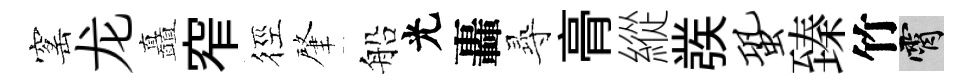
窰龙矗窄徑肇船光轟𡬶𮌔縱彂蛩臻竹霄